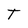
Character: T